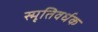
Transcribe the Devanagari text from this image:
स्मृतिवर्धक